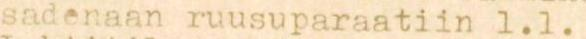
sadenaan ruusuparaatiin l.l.